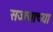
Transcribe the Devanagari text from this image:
सज्ज्याच्या